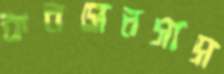
কনসেনসাস